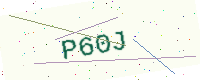
Text: P60J